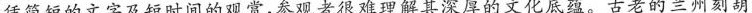
凭简短的文字及短时间的观赏，参观者很难理解其深厚的文化底蕴。古老的兰州刻葫